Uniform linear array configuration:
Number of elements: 32
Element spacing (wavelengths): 0.5
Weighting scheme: blackman
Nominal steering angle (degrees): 45
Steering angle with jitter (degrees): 44.274
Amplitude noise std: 0.05
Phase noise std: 0.05

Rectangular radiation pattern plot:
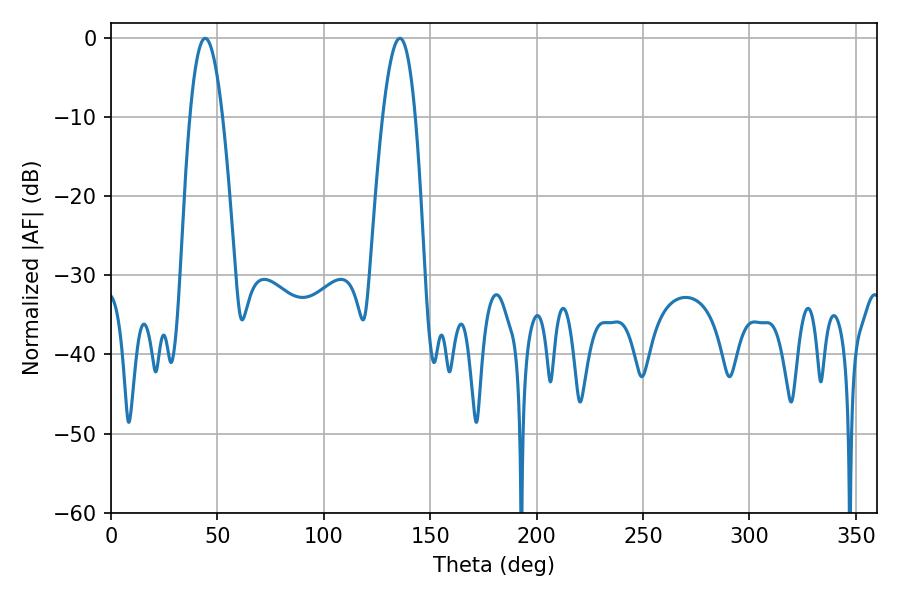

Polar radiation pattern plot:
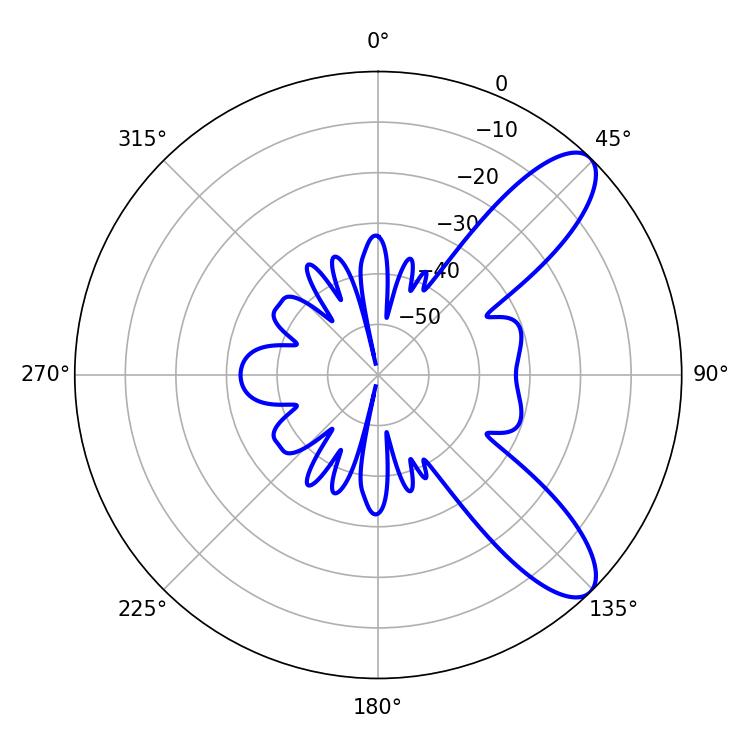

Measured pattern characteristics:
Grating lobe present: FALSE
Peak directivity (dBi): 9.55
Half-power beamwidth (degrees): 8.46
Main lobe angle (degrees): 44.28